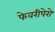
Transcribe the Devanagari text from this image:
फेवरीपेरो